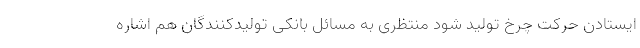
ایستادن حرکت چرخ تولید شود منتظری به مسائل بانکی تولیدکنندگان هم اشاره